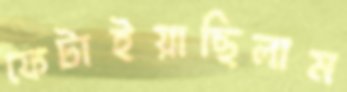
ফেটাইয়াছিলাম